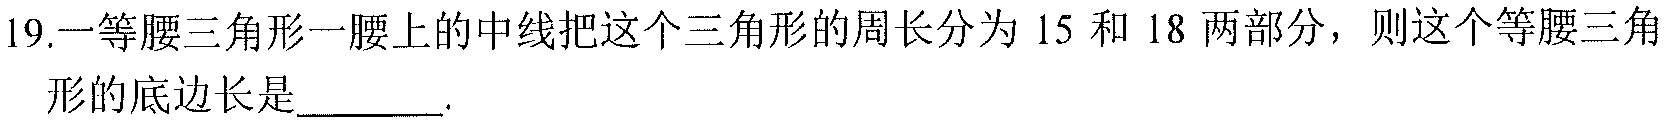
19.一等腰三角形一腰上的中线把这个三角形的周长分为 \(15\) 和 \(18\) 两部分，则这个等腰三角形的底边长是______.